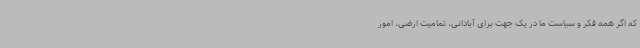
که اگر همه فکر و سیاست ما در یک جهت برای آبادانی، تمامیت ارضی، امور